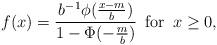
LaTeX: \begin{align*} f(x) = \frac{b^{-1}\phi(\frac{x-m}{b})}{1-\Phi(-\frac{m}{b})}\, \mbox{ for }\, x \geq 0,\end{align*}